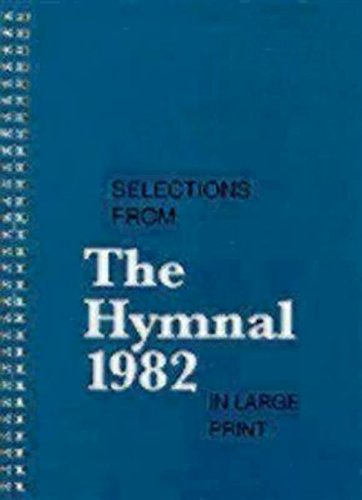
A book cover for Selections from the Hymnal 1982 in Large Print; Church Publishing; Christian Books & Bibles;